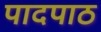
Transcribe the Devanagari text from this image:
पादपाठ